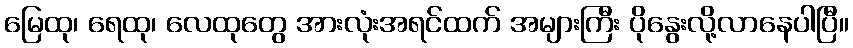
မြေထု၊ ရေထု၊ လေထုတွေ အားလုံးအရင်ထက် အများကြီး ပိုနွေးလို့လာနေပါပြီ။